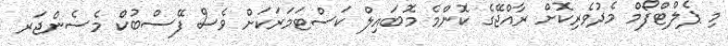
މި ޕެލްޓްފޯމް މެދުވެރިކޮށް ރާއްޖޭގެ ކޮންމެ މޮބައިލް ކަސްޓަމަރަކަށް ވެސް ފޭސްބުކް މެސެންޖަރ